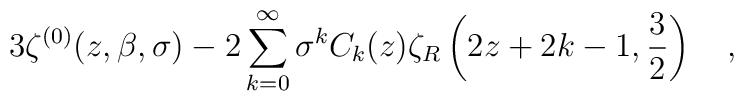
3\zeta^{(0)}(z,\beta,\sigma)-2\sum_{k=0}^\infty \sigma^k C_k(z) \zeta_R \left(2z+2k-1,{3 \over 2}\right)~~~,